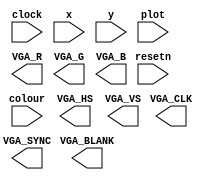
/*
 * VGA VPI Module
*/

module vga_vpi(
			resetn,
			clock,
			colour,
			x, y, plot,
			/* Signals for the DAC to drive the monitor. */
			VGA_R,
			VGA_G,
			VGA_B,
			VGA_HS,
			VGA_VS,
			VGA_BLANK,
			VGA_SYNC,
			VGA_CLK);

	input resetn;
	input clock;
	input plot;
	
	input [2:0] colour;
	input [7:0] x;
	input [6:0] y;
	
	output [9:0] VGA_R;
	output [9:0] VGA_G;
	output [9:0] VGA_B;
	output VGA_HS;
	output VGA_VS;
	output VGA_BLANK;
	output VGA_SYNC;
	output VGA_CLK;

endmodule